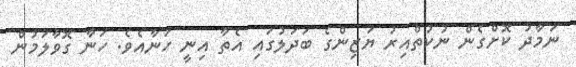
ނަމާދު ކޮށްގެން ނުކުތްއިރު ޔަޒިންގެ ބަދަލުގައި އެތާ އިނީ ހަނާއެވެ. ހަނާ ގޮވާލަމުން